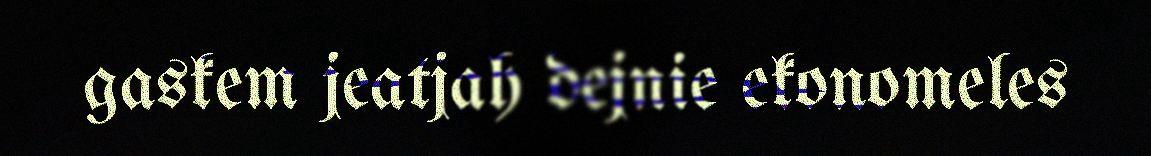
gaskem jeatjah dejnie ekonomeles